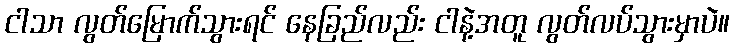
ငါသာ လွတ်မြောက်သွားရင် နေခြည်လည်း ငါနဲ့အတူ လွတ်လပ်သွားမှာပဲ။